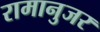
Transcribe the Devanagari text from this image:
रामानुजर